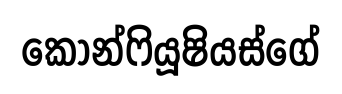
කොන්ෆියූෂියස්ගේ